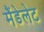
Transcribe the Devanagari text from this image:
मैंडेलेट